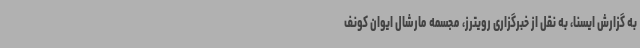
به گزارش ایسنا، به نقل از خبرگزاری رویترز، مجسمه مارشال ایوان کونف